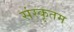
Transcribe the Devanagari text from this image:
संस्कृतम